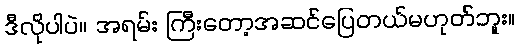
ဒီလိုပါပဲ။ အရမ်း ကြီးတော့အဆင်ပြေတယ်မဟုတ်ဘူး။